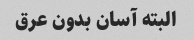
البته آسان بدون عرق